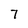
Character: 7